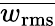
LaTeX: \overline{{w_{\mathrm{rms}}}}